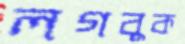
লগবুক